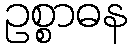
ဥစ္စာဓန